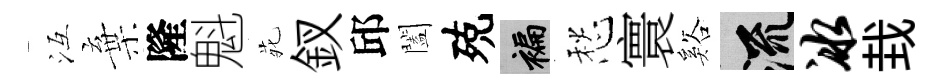
冱棄隆魁𫟍釵邱闔殑褊愁寰谿流冰㘽